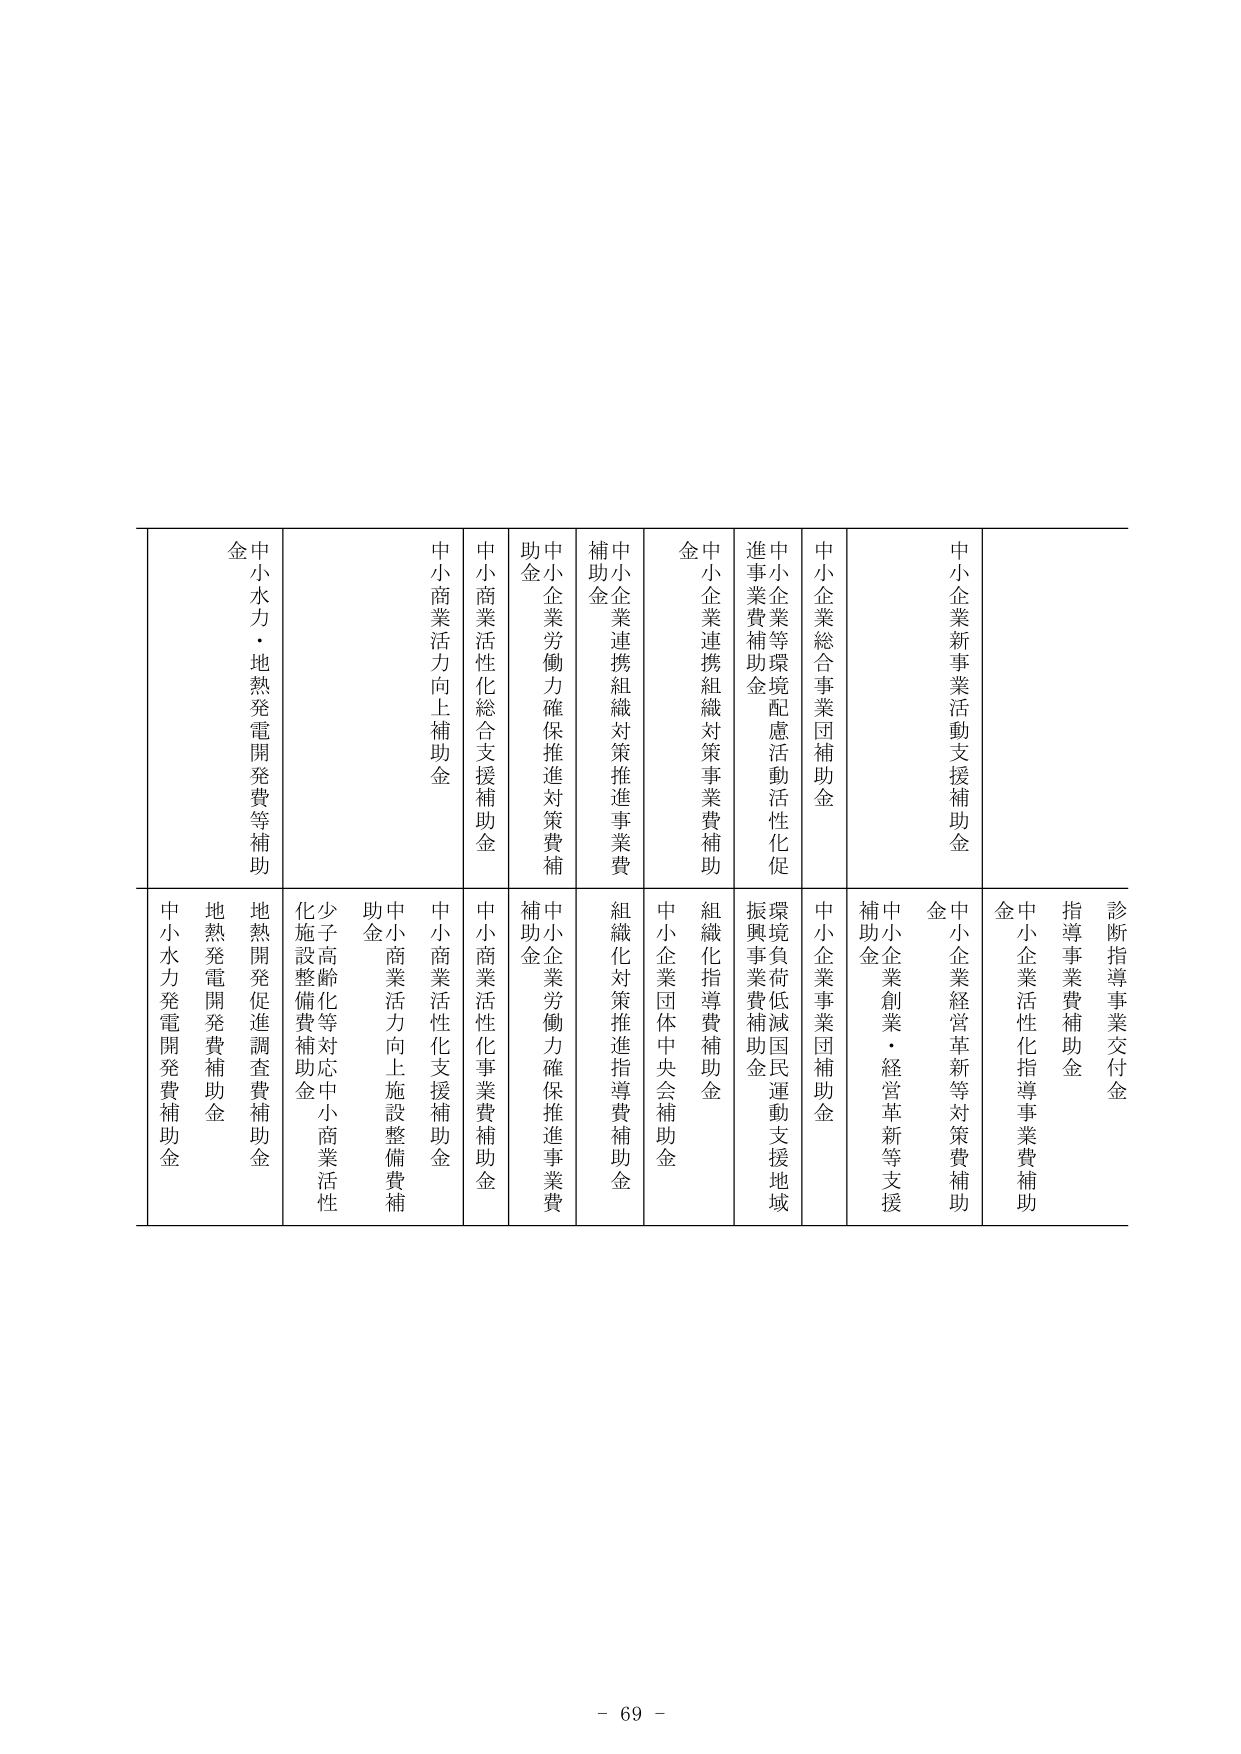
中小企業新事業活動支援補助金
中小企業経営革新等対策費補助金
中小企業創業・経営革新等支援補助金
診断指導事業交付金
指導事業費補助金
中小企業活性化指導事業費補助金
中小企業総合事業団補助金
中小企業事業団補助金
中小企業等環境配慮活動活性化促進事業費補助金
環境負荷低減国民運動支援地域振興事業費補助金
中小企業連携組織対策事業費補助金
組織化対策推進指導費補助金
中小企業団体中央会補助金
中小企業連携組織対策推進事業費補助金
中小企業労働力確保推進対策費補助金
中小企業労働力確保推進事業費補助金
中小商業活性化総合支援補助金
中小商業活性化事業費補助金
中小商業活力向上補助金
中小商業活性化支援補助金
中小商業活力向上施設整備費補助金
中小水力・地熱発電開発費等補助金
地熱開発促進調査費補助金
地熱発電開発費補助金
中小水力発電開発費補助金
少子高齢化等対応中小商業活性化施設整備費補助金

- 69 -